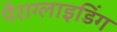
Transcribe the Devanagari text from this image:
पैराग्‍लाइडिंग